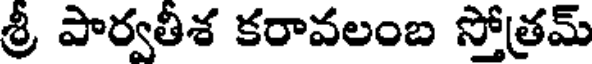
శ్రీ పార్వతీశ కరావలంబ స్తోత్రమ్